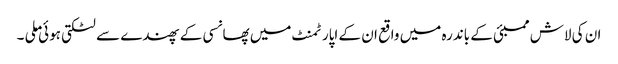
ان کی لاش ممبئی کے باندرہ میں واقع ان کے اپارٹمنٹ میں پھانسی کے پھندے سے لٹکتی ہوئی ملی ۔